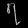
Digit: ၇